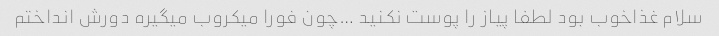
سلام غذاخوب بود لطفا پیاز را پوست نکنید …چون فورا میکروب میگیره دورش انداختم